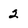
Character: 2